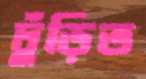
ঢুঁড়িত